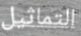
التماثيل